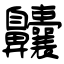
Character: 齉